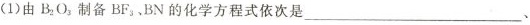
(1)由B_{2}O_{3}制备BF_{3}，BN的化学方程式依次是___、